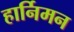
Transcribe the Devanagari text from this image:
हार्निमन